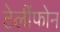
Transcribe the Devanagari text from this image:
टेलींफोन